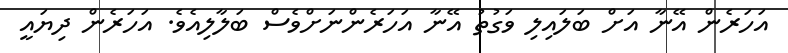
އަހަރެން އޭނާ އަށް ބަލައިލި ވަގުތު އޭނާ އަހަރެންނަށްވެސް ބަލާލިއެވެ. އަހަރެން ދިޔައީ